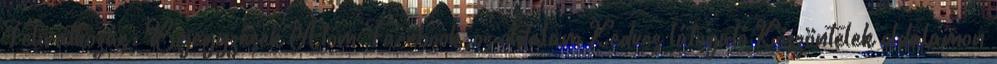
Feliratkozás: Bejegyzések Atom Facebook-os oldalam Kedves látogató Köszöntelek oldalamon